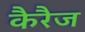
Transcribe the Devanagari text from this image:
कैरैज